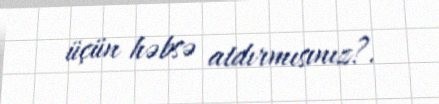
üçün həbsə atdırmısınız?.